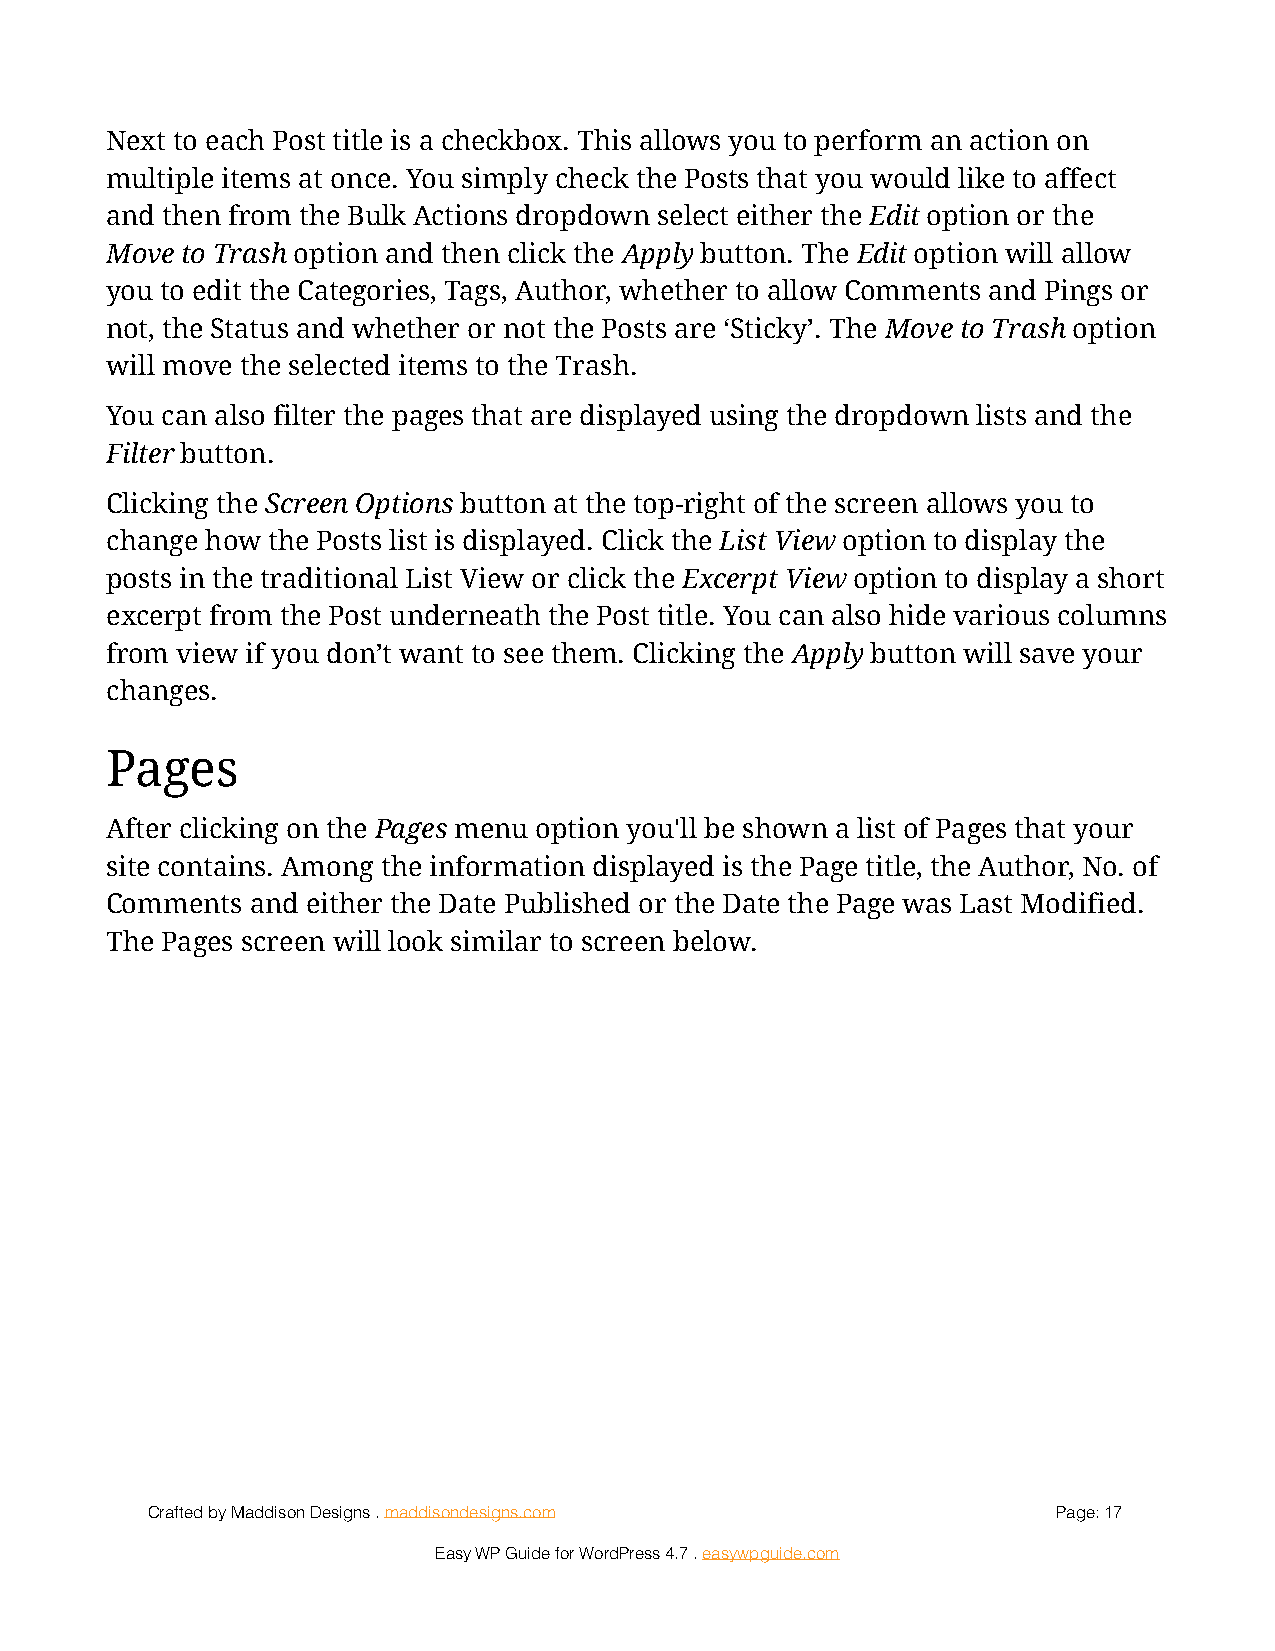
Next to each Post title is a checkbox. This allows you to perform an action on
 multiple items at once. You simply check the Posts that you would like to affect
 and then from the Bulk Actions dropdown select either the Edit option or the
 Move to Trash option and then click the Apply button. The Edit option will allow
 you to edit the Categories, Tags, Author, whether to allow Comments and Pings or
 not, the Status and whether or not the Posts are ‘Sticky’. The Move to Trash option
 will move the selected items to the Trash.
 You can also filter the pages that are displayed using the dropdown lists and the
 Filter button.
 Clicking the Screen Options button at the top-right of the screen allows you to
 change how the Posts list is displayed. Click the List View option to display the
 posts in the traditional List View or click the Excerpt View option to display a short
 excerpt from the Post underneath the Post title. You can also hide various columns
 from view if you don’t want to see them. Clicking the Apply button will save your
 changes.
 Pages
 After clicking on the Pages menu option you'll be shown a list of Pages that your
 site contains. Among the information displayed is the Page title, the Author, No. of
 Comments  and either the Date Published or the Date the Page was Last Modified.
 The Pages screen will look similar to screen below.
 Crafted by Maddison Designs . maddisondesigns.com           Page: 1 7
 Easy WP Guide for WordPress 4.7 . easywpguide.com